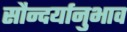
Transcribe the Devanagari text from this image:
सौन्दर्यानुभाव